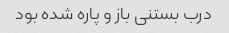
درب بستنی باز و پاره شده بود